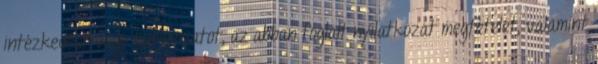
intézkedést vagy határozatot, az abban foglalt nyilatkozat megtételét, valamint